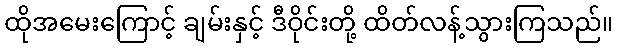
ထိုအမေးကြောင့် ချမ်းနှင့် ဒီဝိုင်းတို့ ထိတ်လန့်သွားကြသည်။